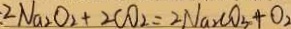
: 2 N a _ { 2 } O _ { 2 } + 2 C O _ { 2 } = 2 N a _ { 2 } C O _ { 3 } + O _ { 2 }